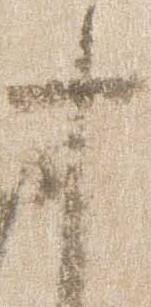
十